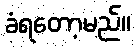
ခံရတော့မည်။